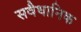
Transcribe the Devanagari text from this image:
सवैधानिक